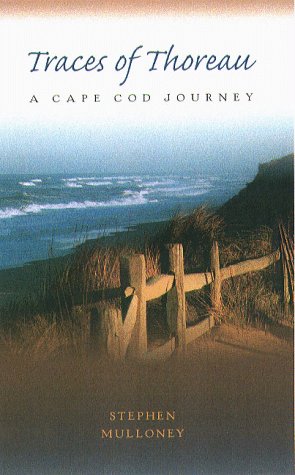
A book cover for Traces Of Thoreau: A Cape Cod Journey; Stephen Mulloney; Travel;